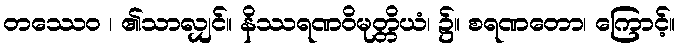
တဿေဝ ၊ ၏သာလျှင်။ နိဿရဏဝိမုတ္တိယံ၊ ၌။ စရဏတော၊ ကြောင့်။